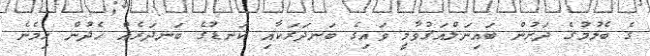
ގެ ބެލުމުގެ ދަށުން ބައިނަލްއަޤުވާމީ ވައިގެ ބަނދަރަކާއި ކަނޑުގެ ބަނދަރެއް ހެދުން ހިމެނެ